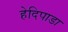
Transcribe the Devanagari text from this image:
हेदिपाडा